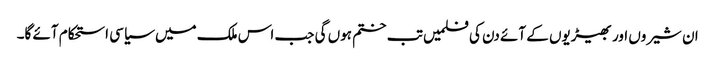
ان شیروں اور بھیڑیوں کے آئے دن کی فلمیں تب ختم ہوں گی جب اس ملک میں سیاسی استحکام آئے گا۔